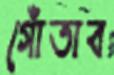
গোঁতাব